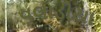
વલાડીયા